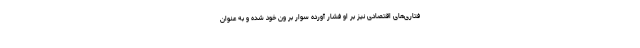
فتاری‌های اقتصادی نیز بر او فشار آورده سوار بر ون خود شده و به عنوان